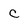
Character: C